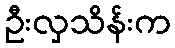
ဦးလှသိန်းက